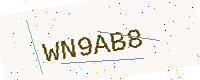
Text: WN9AB8